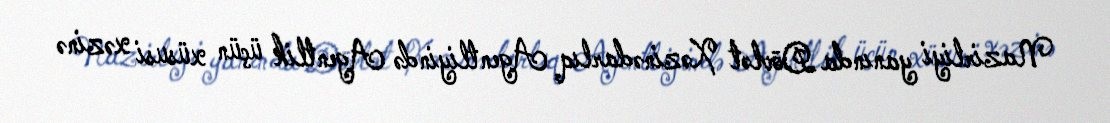
Nazirliyi yanında Dövlət Xəzinədarlıq Agentliyində Agentlik üçün xüsusi xəzinə